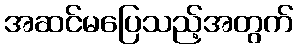
အဆင်မပြေသည့်အတွက်